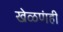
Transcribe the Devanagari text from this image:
खेळणंही